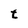
Character: t